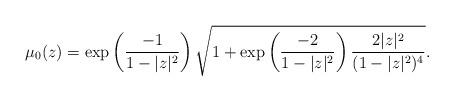
LaTeX: \begin{align*}\mu_0(z)=\exp\left(\frac{-1}{1-|z|^2}\right)\sqrt{1+\exp\left(\frac{-2}{1-|z|^2}\right)\frac{2|z|^2}{(1-|z|^2)^4}}.\end{align*}